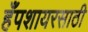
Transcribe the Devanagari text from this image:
हँपशायरसाठी